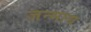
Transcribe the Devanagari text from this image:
जन्माद्य